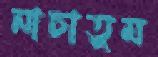
নাচাতুম